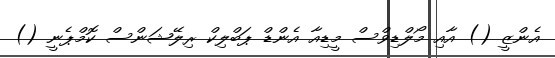
އެންޒީ () އާއި މޯލްޑިވްސް މީޑިއާ އެންޑް ޕަބްލިކް ރިލޭޝަންސް ކޮމްޕެނީ ()